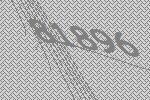
81896